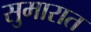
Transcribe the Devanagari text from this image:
सुमारात